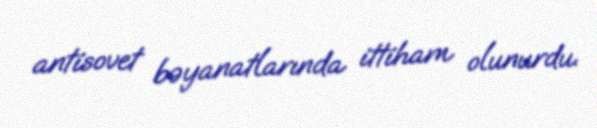
antisovet bəyanatlarında ittiham olunurdu.